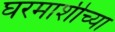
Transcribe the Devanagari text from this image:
घरमाशीच्या